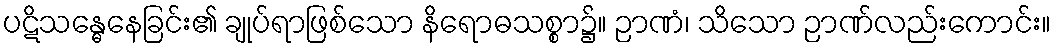
ပဋိသန္ဓေနေခြင်း၏ ချုပ်ရာဖြစ်သော နိရောဓသစ္စာ၌။ ဉာဏံ၊ သိသော ဉာဏ်လည်းကောင်း။